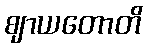
ဈာယတောတိ